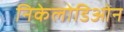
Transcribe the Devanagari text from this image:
निकेलोडिओन